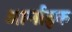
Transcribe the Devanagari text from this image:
आर्माइक